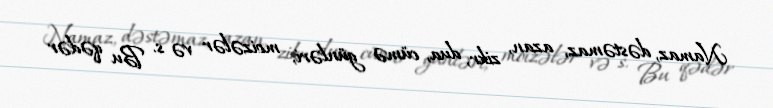
Namaz, dəstəmaz, azan, zikr, dua, cümə günləri, moizələr və s. Bu qədər